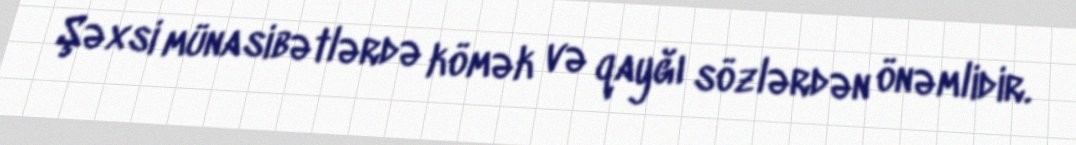
Şəxsi münasibətlərdə kömək və qayğı sözlərdən önəmlidir.